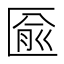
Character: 匬